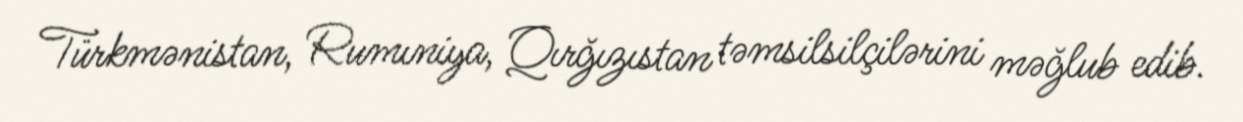
Türkmənistan, Rumıniya, Qırğızıstan təmsilsilçilərini məğlub edib.